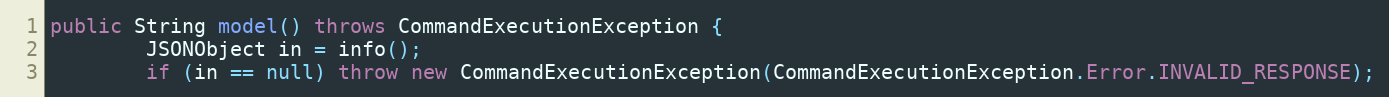
Language: Java
public String model() throws CommandExecutionException {
        JSONObject in = info();
        if (in == null) throw new CommandExecutionException(CommandExecutionException.Error.INVALID_RESPONSE);